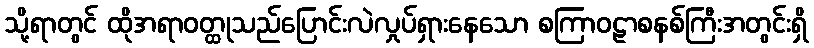
သို့ရာတွင် ထိုအရာဝတ္ထုသည်ပြောင်းလဲလှုပ်ရှားနေသော စကြာဝဠာစနစ်ကြီးအတွင်းရှိ